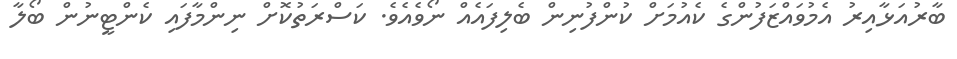
ބާރުއަޅާއިރު އެމުވައްޒަފުންގެ ކެއުމަށް ކުންފުނިން ބެލިފައެއް ނޯވެއެވެ. ކަސްރަތުކޮށް ނިންމާފައި ކެންޓީނުން ބޯލާ